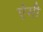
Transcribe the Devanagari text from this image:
ऐेसी